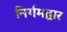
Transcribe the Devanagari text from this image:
निर्गमद्वार